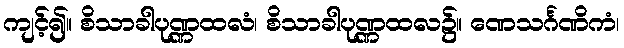
ကျင့်၍။ စိသာခါပုဏ္ဏထလံ၊ စိသာခါပုဏ္ဏထလ၌။ ဏေသင်္ဂဏိကံ၊